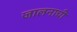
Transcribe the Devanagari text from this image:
जालनाची